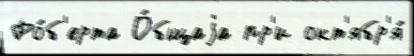
Ро́б'ерта О́бщаjа пр'и окт'ябр'я́